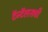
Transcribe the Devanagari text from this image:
टॅन्टॅलसची